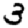
Digit: 3